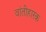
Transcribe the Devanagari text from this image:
वांतीहारक